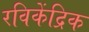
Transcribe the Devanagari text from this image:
रविकेंद्रिक